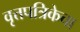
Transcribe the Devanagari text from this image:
वृत्तपत्रिकेचा